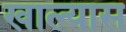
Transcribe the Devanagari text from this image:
खाल्यास